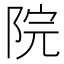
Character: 院